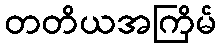
တတိယအကြိမ်